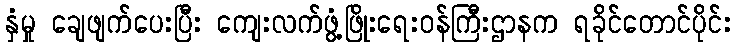
နှံမှု ချေဖျက်ပေးပြီး ကျေးလက်ဖွံ့ဖြိုးရေးဝန်ကြီးဌာနက ရခိုင်တောင်ပိုင်း